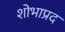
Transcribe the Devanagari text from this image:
शोभाप्रद